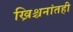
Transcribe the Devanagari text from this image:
ख्रिश्चनांतही